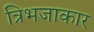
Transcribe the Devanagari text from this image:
त्रिभजाकार